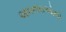
આવનારાઓથી